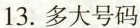
13.多大号码